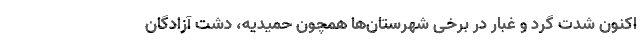
اکنون شدت گرد و غبار در برخی شهرستان‌ها همچون حمیدیه، دشت آزادگان